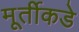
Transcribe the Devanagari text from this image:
मूर्तीकडे